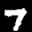
Label: 7